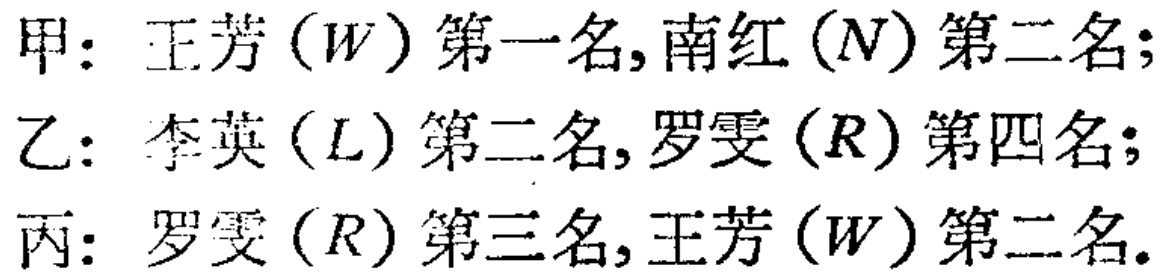
甲：王芳（$W$）第一名, 南红（$N$）第二名;

乙：李英（$L$）第二名, 罗雯（$R$）第四名;

丙：罗雯（$R$）第三名, 王芳（$W$）第二名.